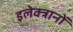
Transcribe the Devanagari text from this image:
इलेक्त्रानों